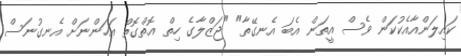
ކައިލަންއާއެކުކަން ވެސް އީތަން އެބަ އެނގޭތާ" "ޖަޒްލާގެ ހިތް އޮތްގޮތް އަހަންނަށް އެނގުނަސް